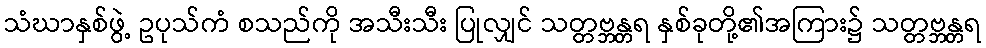
သံဃာနှစ်ဖွဲ့ ဥပုသ်ကံ စသည်ကို အသီးသီး ပြုလျှင် သတ္တဗ္ဘန္တရ နှစ်ခုတို့၏အကြား၌ သတ္တဗ္ဘန္တရ